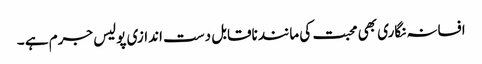
افسانہ نگاری بھی محبت کی مانند ناقابل دست اندازی پولیس جرم ہے ۔